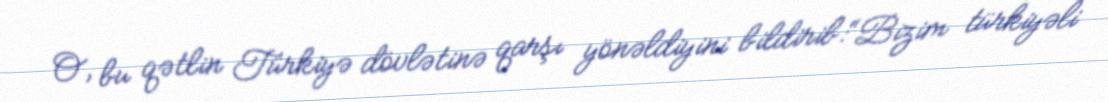
O, bu qətlin Türkiyə dövlətinə qarşı yönəldiyini bildirib:“Bizim türkiyəli